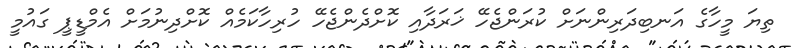
ތިޔަ މީހާގެ އަނބިދަރިންނަށް ކުރަންޖެހޭ ޚަރަދާއި ކޮށްދެންޖެހޭ ހުރިހާކަމެއް ކޮށްދިނުމަށް އެމްޑީޕީ ގައުމީ